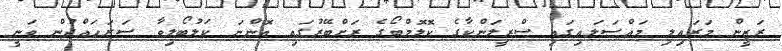
ރަޒީން މަރައިލި މައްސަލައިގައި ސްރީލަންކާގެ ކޮލޮމްބޯގެ ރަށްބޭރުގައި އޮންނަ ކަލުބޯލިވާ ސަރަހައްދުން ވަނީ